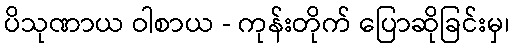
ပိသုဏာယ ဝါစာယ - ကုန်းတိုက် ပြောဆိုခြင်းမှ၊